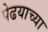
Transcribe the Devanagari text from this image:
पेढयाच्या